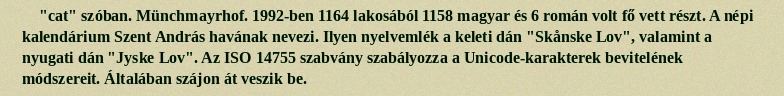
"cat" szóban. Münchmayrhof. 1992-ben 1164 lakosából 1158 magyar és 6 román volt fő vett részt. A népi kalendárium Szent András havának nevezi. Ilyen nyelvemlék a keleti dán "Skånske Lov", valamint a nyugati dán "Jyske Lov". Az ISO 14755 szabvány szabályozza a Unicode-karakterek bevitelének módszereit. Általában szájon át veszik be.